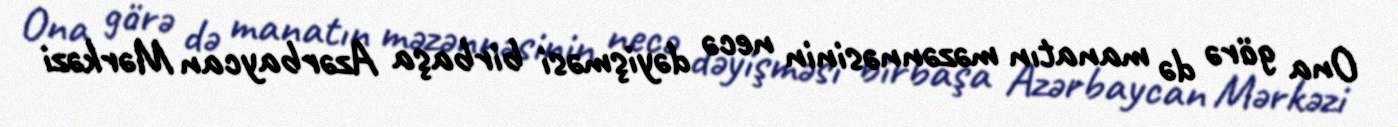
Ona görə də manatın məzənnəsinin necə dəyişməsi birbaşa Azərbaycan Mərkəzi